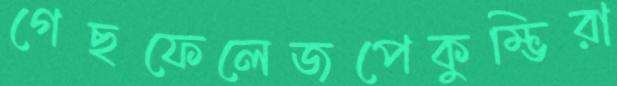
গেছফেলেজপেকুম্ভিরা